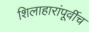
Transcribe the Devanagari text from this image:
शिलाहारांपूर्वीच